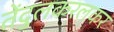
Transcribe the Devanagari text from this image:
तेंदुलकरलकर